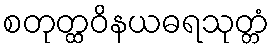
စတုတ္ထဝိနယဓရသုတ္တံ